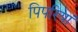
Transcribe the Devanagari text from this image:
पिपरियां